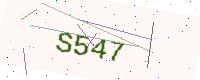
Text: S547